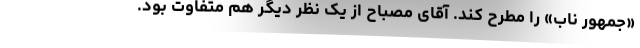
«جمهور ناب» را مطرح کند. آقای مصباح از یک نظر دیگر هم متفاوت بود.